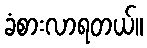
ခံစားလာရတယ်။